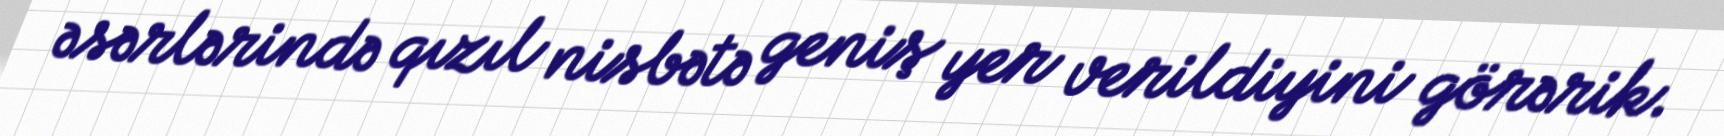
əsərlərində qızıl nisbətə geniş yer verildiyini görərik.